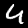
Digit: 4